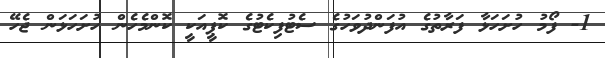
1- ފޯމު ހުށަހަޅާ ފަރާތުގެ އުފަންދުވަހުގެ ސެޓުފިކެޓުގެ ކޮޕީއަކީ ކޮންމެހެން ހުށަހަޅަން ޖެހޭ